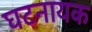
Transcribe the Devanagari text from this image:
घटनायक